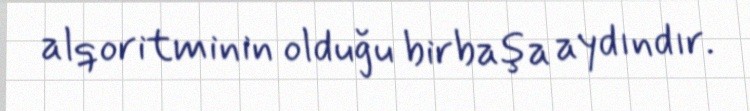
alqoritminin olduğu birbaşa aydındır.